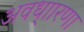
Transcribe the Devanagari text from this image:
अवध्ाारणा